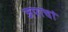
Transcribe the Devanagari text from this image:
जपाचां